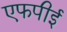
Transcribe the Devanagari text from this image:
एफपीई